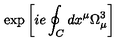
\exp \left[ i e \oint _ { C } d x ^ { \mu } \Omega _ { \mu } ^ { 3 } \right]